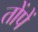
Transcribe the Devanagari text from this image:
तोंपें